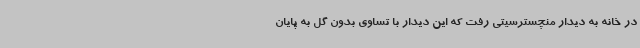
در خانه به دیدار منچسترسیتی رفت که این دیدار با تساوی بدون گل به پایان